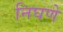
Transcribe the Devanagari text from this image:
निघणे